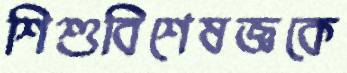
শিশুবিশেষজ্ঞকে